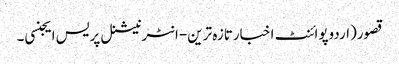
قصور(اردوپوائنٹ اخبارتازہ ترین-انٹرنیشنل پریس ایجنسی۔